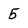
Character: 5